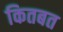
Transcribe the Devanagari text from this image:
कितबत